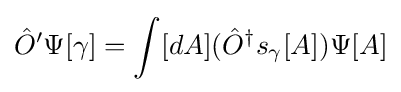
{\hat {O}}'\Psi [\gamma ]=\int [dA]({\hat {O}}^{\dagger }s_{\gamma }[A])\Psi [A]